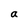
Character: a